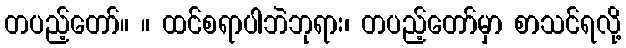
တပည့်တော်။ ။ ထင်စရာပါဘဲဘုရား၊ တပည့်တော်မှာ စာသင်ရလို့